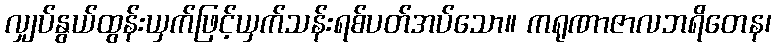
လျှပ်နွယ်ထွန်းယှက်ဖြင့်ယှက်သန်းရစ်ပတ်အပ်သော။ ကရုဏာဇာလဘရိတေန၊